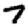
Digit: 7